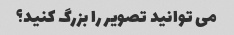
می توانید تصویر را بزرگ کنید؟